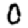
Digit: 0